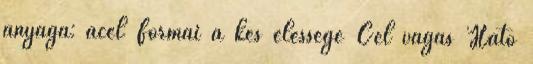
anyaga: acél Formai a kés élessége Cél vágás Ható